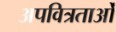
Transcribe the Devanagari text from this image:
अपवित्रताओं